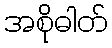
အစိုဓါတ်